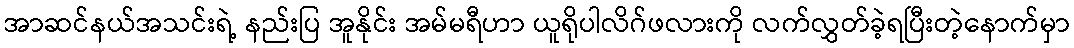
အာဆင်နယ်အသင်းရဲ့ နည်းပြ အူနိုင်း အမ်မရီဟာ ယူရိုပါလိဂ်ဖလားကို လက်လွှတ်ခဲ့ရပြီးတဲ့နောက်မှာ